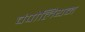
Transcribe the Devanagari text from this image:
चंपोलियन